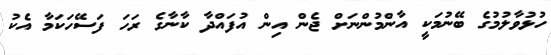
ހުޅުވާލުމުގެ ބޭނުމަކީ އާންމުންނަށް ޖެން އިން އުފައްދާ ކާނާގެ ރަހަ ފަސޭހަކަމާ އެކު